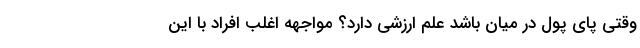
وقتی پای پول در میان باشد علم ارزشی دارد؟ مواجهه اغلب افراد با این